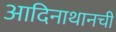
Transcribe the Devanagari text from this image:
आदिनाथानची